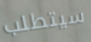
سيتطلب